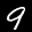
Label: 9